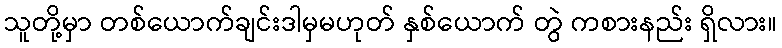
သူတို့မှာ တစ်ယောက်ချင်းဒါမှမဟုတ် နှစ်ယောက် တွဲ ကစားနည်း ရှိလား။